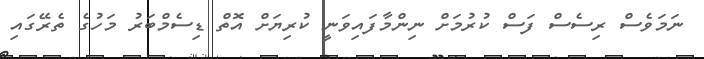
ނަމަވެސް ރިސެސް ފަސް ކުރުމަށް ނިންމާފައިވަނީ ކުރިޔަށް އޮތް ޑިސެމްބަރު މަހުގެ ތެރޭގައި